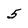
Character: 5